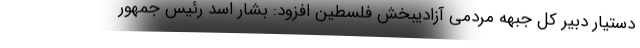
دستیار دبیر کل جبهه مردمی آزادیبخش فلسطین افزود: بشار اسد رئیس جمهور